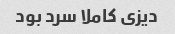
دیزی کاملا سرد بود